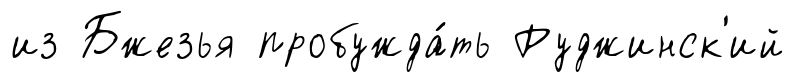
из Бжезья пробужда́ть Руджинск'ий